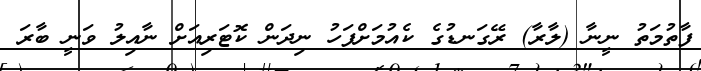
ފާތުމަތު ނީނާ (ލާރާ) ރޭގަނޑުގެ ކެއުމަށްފަހު ނިދަން ކޮޓަރިއަށް ނާއިލު ވަނީ ބާރަ